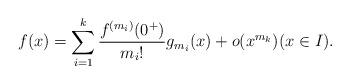
LaTeX: \begin{align*}f(x) = \sum_{i=1}^k \frac{f^{(m_i)}(0^+)}{m_i!} g_{m_i}(x) +o(x^{m_k})(x \in I). \end{align*}